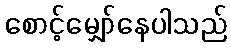
စောင့်မျှော်နေပါသည်